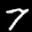
Digit: 7